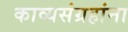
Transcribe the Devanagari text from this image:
काव्यसंग्रहांना